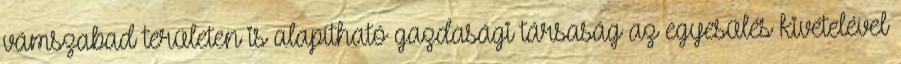
vámszabad területen is alapítható gazdasági társaság az egyesülés kivételével